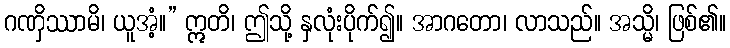
ဂဏှိဿာမိ၊ ယူအံ့။” ဣတိ၊ ဤသို့ နှလုံးပိုက်၍။ အာဂတော၊ လာသည်။ အသ္မိ၊ ဖြစ်၏။